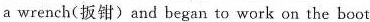
a wrench(扳钳)and began to work on the boot